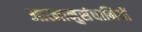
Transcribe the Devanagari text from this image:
आत्मानुसंधानियों